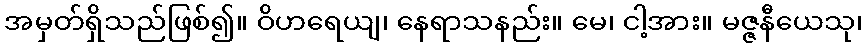
အမှတ်ရှိသည်ဖြစ်၍။ ဝိဟရေယျ၊ နေရာသနည်း။ မေ၊ ငါ့အား။ မဇ္ဇနီယေသု၊